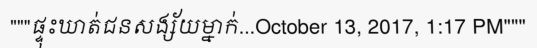
"""ផ្ទុះឃាត់ជនសង្ស័យម្នាក់...October 13, 2017, 1:17 PM"""